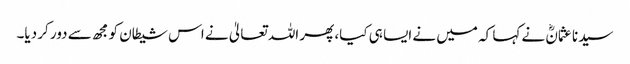
سیدنا عثمانؓ نے کہا کہ میں نے ایسا ہی کیا، پھر اللہ تعالیٰ نے اس شیطان کو مجھ سے دور کر دیا۔